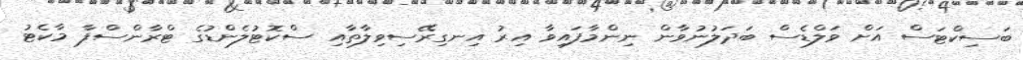
ބަސިކްޓަސް އަށް ވަލްޑެސް ބަދަލުނުވާން ނިންމާފައިވާ އިރު އިނގިރޭސިވިލާތާއި ސްކޮޓުލެންޑުގެ ޓްރާންސްފާ މާކެޓު